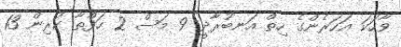
ވާހަކަ އަހަރެންގެ ހިތް އަނބުރާދީ 9 މަސް 2 ހަފްތާ ކުރިން 13